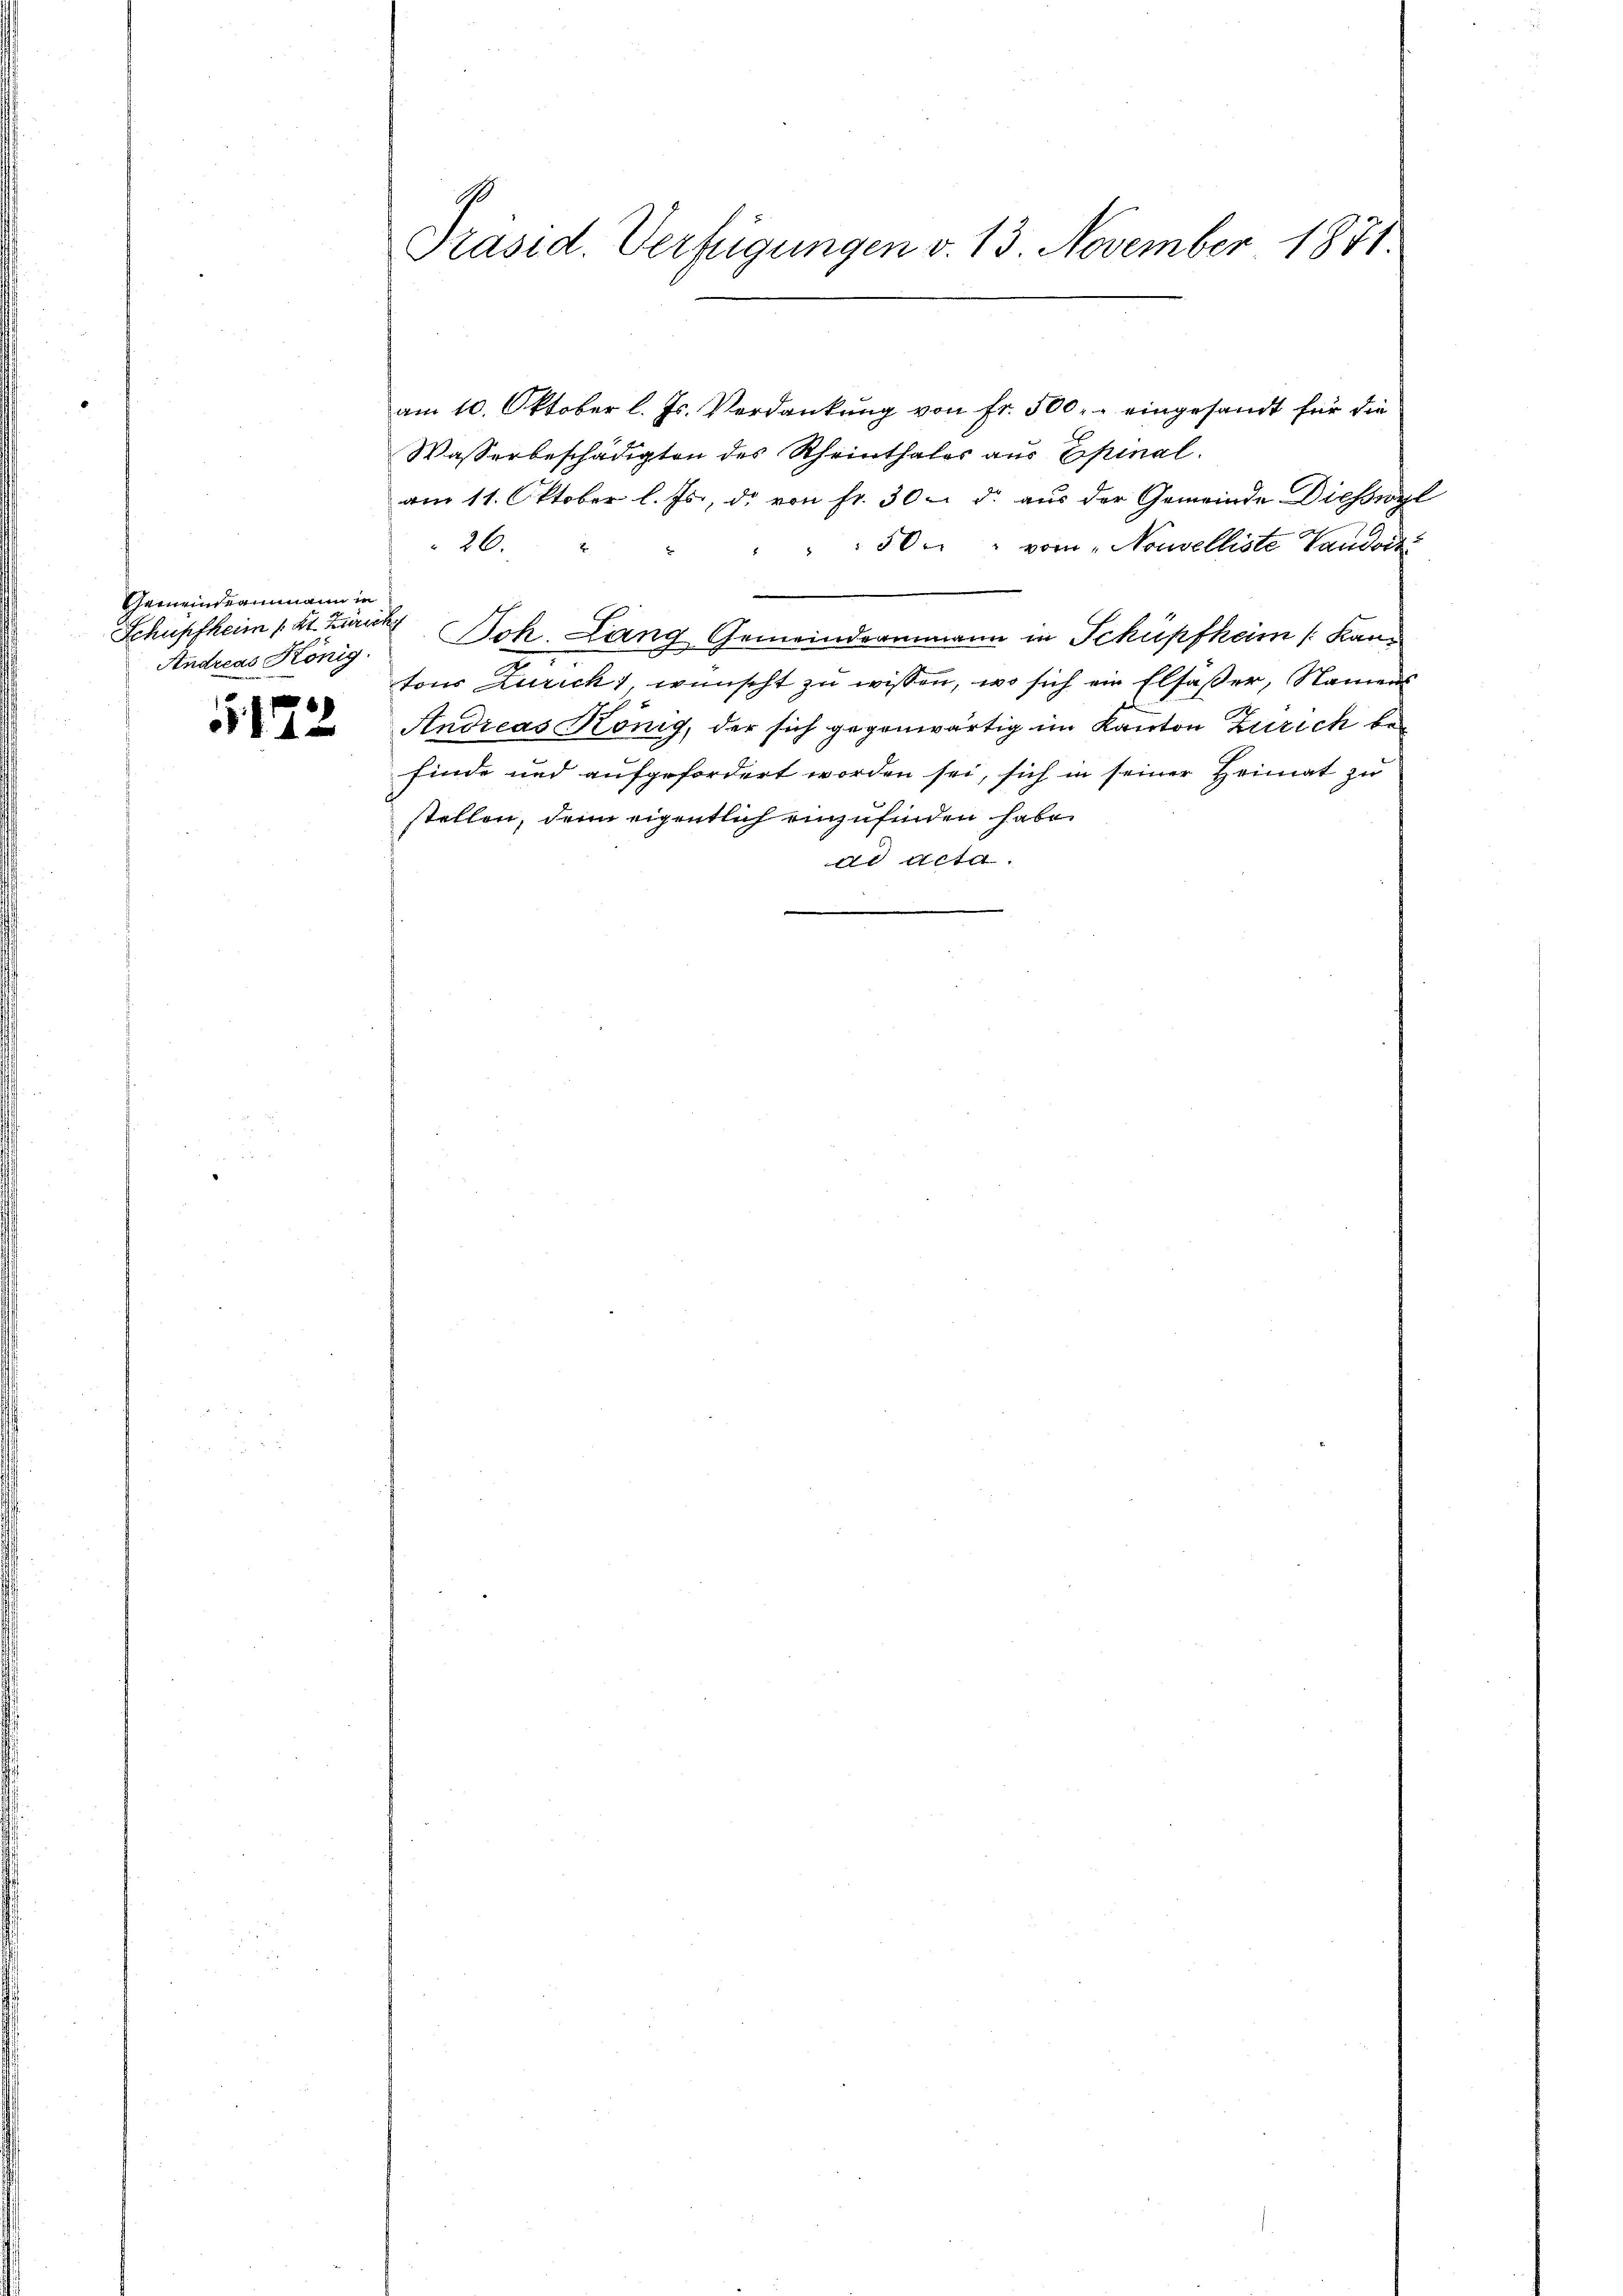
Gemeindeammann in
Schüpfheim Kt. Zürich
Andreas König.

172

am 10. Oktober l. Js. Verdankung von Fr. 500.- eingesandt für die
Wasserbeschädigten des Rheinthales aus Epinal.
am 11. Oktober l. Js., d. von Fr. 30. d. aus der Gemeinde Diesssyl
26.
50 " vom „Nouvelliste Vaudois
Joh. Lang Gemeindeammann in Schüpfheim ( Kantons Zürich, wünscht zu wissen, wo sich ein Elsaßer, Namens
Andreas König, der sich gegenwärtig im Kanton Zürich befinde und aufgefordert worden sei, sich in seiner Heimat zu
stellen, denn eigentlich einzufinden habe.
dd Acta.

G
Präsid. Verfügungen v. 13. November 1871